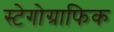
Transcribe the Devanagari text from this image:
स्टेगोग्राफिक